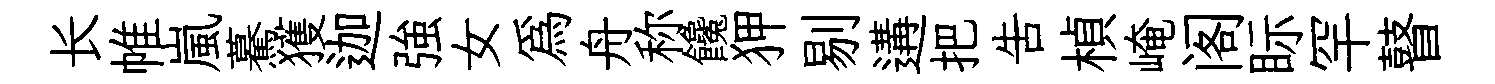
长帷嵐驀獲迦強女爲舟称饞狎剔遘把吿楨崦阁眎罕瞽